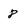
Character: 8